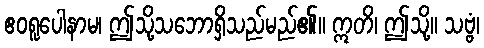
ဧဝရူပေါနာမ၊ ဤသို့သဘောရှိသည်မည်၏။ ဣတိ၊ ဤသို့။ သဗ္ဗံ၊